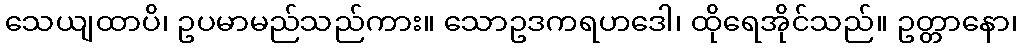
သေယျထာပိ၊ ဥပမာမည်သည်ကား။ သောဥဒကရဟဒေါ၊ ထိုရေအိုင်သည်။ ဥတ္တာနော၊